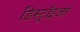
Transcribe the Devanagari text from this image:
डिस्ट्रॉइअर